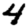
Digit: 4